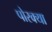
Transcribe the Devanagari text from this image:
पोरक्या